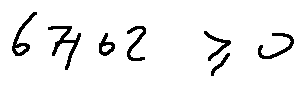
6 7 / 6 2 \geq 0